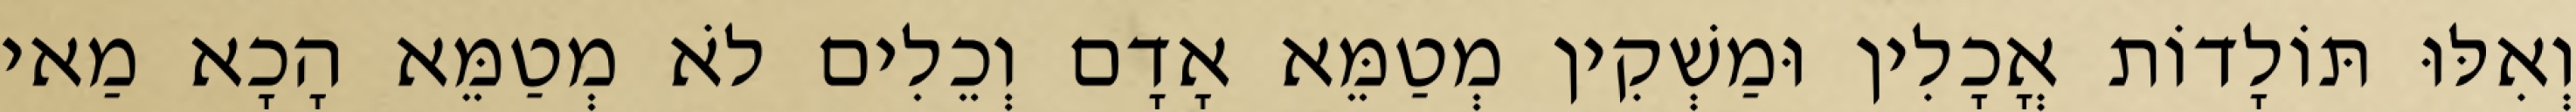
וְאִלּוּ תּוֹלָדוֹת אֳכָלִין וּמַשְׁקִין מְטַמֵּא אָדָם וְכֵלִים לֹא מְטַמֵּא הָכָא מַאי